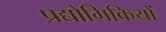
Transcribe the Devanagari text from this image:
प्रद्योगिकियों